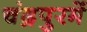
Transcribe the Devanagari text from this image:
चंद्रपुरमें